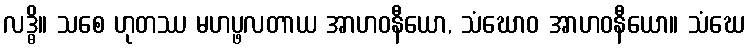
လဒ္ဓိ။ သစေ ဟုတဿ မဟပ္ဖလတာယ အာဟဝနီယော, သံဃောဝ အာဟဝနီယော။ သံဃေ